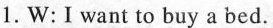
1.W:I want to buy a bed.